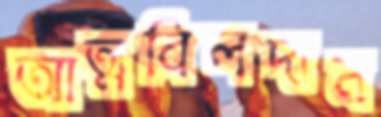
আত্মবিলদান